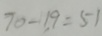
7 0 - 1 9 = 5 1